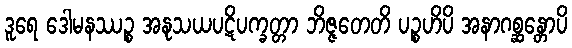
ဒူရေ ဒေါမနဿဉ္စ အနုသယပဋိပက္ခတ္တာ ဘိဇ္ဇတေတိ ပဉ္စဟိပိ အနာဂစ္ဆန္တောပိ